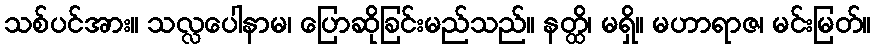
သစ်ပင်အား။ သလ္လပေါနာမ၊ ပြောဆိုခြင်းမည်သည်။ နတ္ထိ၊ မရှိ။ မဟာရာဇ၊ မင်းမြတ်။